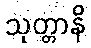
သုတ္တာနိ